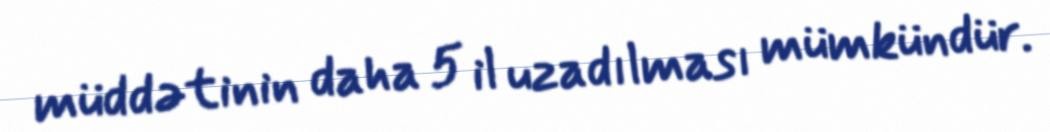
müddətinin daha 5 il uzadılması mümkündür.